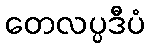
တေလပ္ပဒီပံ